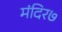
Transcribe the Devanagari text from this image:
मंदिर७